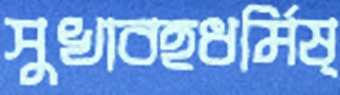
সুখাবহধর্মিষ্